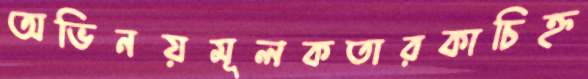
অভিনয়মূলকতারকাচিহ্ন